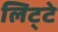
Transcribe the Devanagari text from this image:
लिट्‍टे